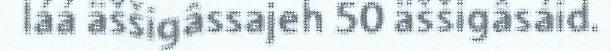
láá äššigâssajeh 50 äššigâsáid.